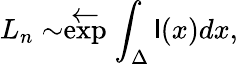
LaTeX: L_{n}\sim\stackrel{{\textstyle\leftarrow}}{\exp}\int_{\Delta}\mathsf{l}(x)dx,